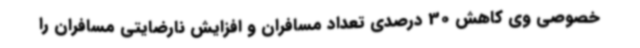
خصوصی وی کاهش 30 درصدی تعداد مسافران و افزایش نارضایتی مسافران را